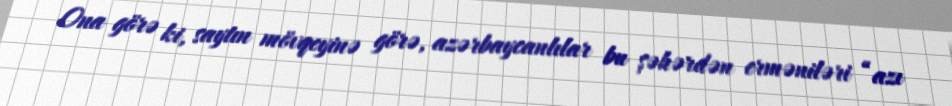
Ona görə ki, saytın mövqeyinə görə, azərbaycanlılar bu şəhərdən erməniləri “azı